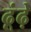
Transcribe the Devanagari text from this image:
ढूंढ़े